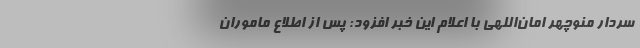
سردار منوچهر امان‌اللهی با اعلام این خبر افزود: پس از اطلاع ماموران